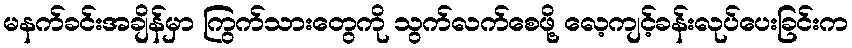
မနက်ခင်းအချိန်မှာ ကြွက်သားတွေကို သွက်လက်စေဖို့ လေ့ကျင့်ခန်းလုပ်ပေးခြင်းက